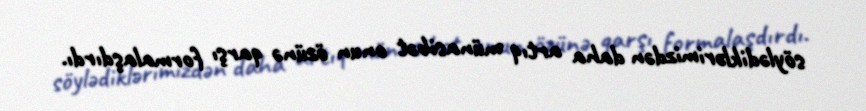
söylədiklərimizdən daha artıq münasibət onun özünə qarşı formalaşdırdı.